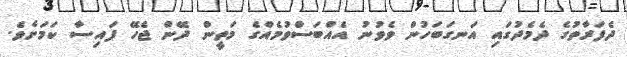
ދެފަރާތުގެ ދެމެދުގައި އަނގަބަހުން ވެވުނު އެއްބަސްވުމެއްގެ މަތީން ދޭން ޖެހޭ ފައިސާ ކަމަށެވެ.